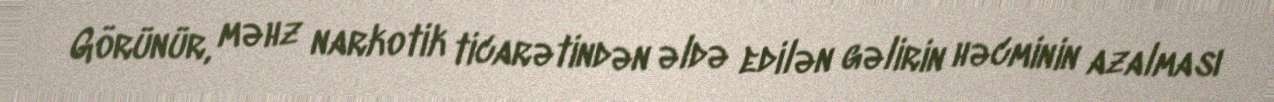
Görünür, məhz narkotik ticarətindən əldə edilən gəlirin həcminin azalması